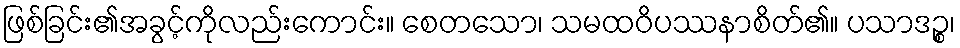
ဖြစ်ခြင်း၏အခွင့်ကိုလည်းကောင်း။ စေတသော၊ သမထဝိပဿနာစိတ်၏။ ပသာဒဉ္စ၊